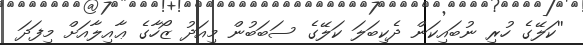
''ކަލޭގެ ހުރި ނުބައިކަން ދެކިބަލަ ކަލޭގެ ސަބަބުން މިއަދު ޒޯހާގެ ޢާއިލާއަށް މިފަދަ